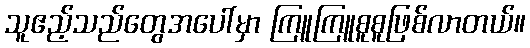
သူဧည့်သည်တွေအပေါ်မှာ ကြူကြူစူစူဖြစ်လာတယ်။